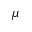
\mu